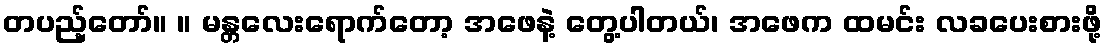
တပည့်တော်။ ။ မန္တလေးရောက်တော့ အဖေနဲ့ တွေ့ပါတယ်၊ အဖေက ထမင်း လခပေးစားဖို့